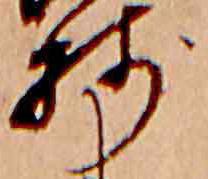
残